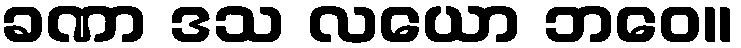
ခဏာ ဒသ လယော ဘဝေ။